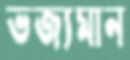
ভজ্যমান